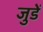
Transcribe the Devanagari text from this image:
जुडें